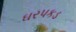
ઘરપકડ